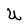
Character: U